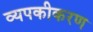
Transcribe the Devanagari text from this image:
व्यपकीकरण